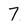
Character: 7